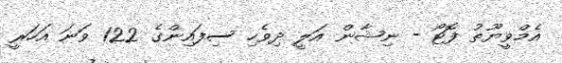
އެމްވީޔޫތު ފޮޓޯ - ނިޝާން އަލީ ދިވެހި ސިފައިންގެ 122 ވަނަ އަހަރީ